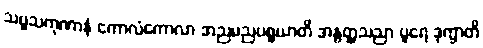
သဗ္ဗသကုဏာနံ ကောလံကောလာ အညမညပစ္စယာတိ အနွတ္ထသညာ ပူရေ ဒုက္ခာတိ